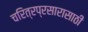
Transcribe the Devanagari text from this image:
चरित्रप्रसारासाठी